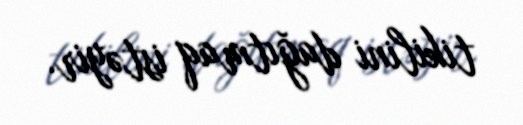
tikilini dağıtmaq istəyir.